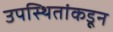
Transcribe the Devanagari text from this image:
उपस्थितांकडून